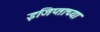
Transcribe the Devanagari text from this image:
इजिप्ताच्या